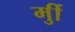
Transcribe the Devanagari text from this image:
र्मुी